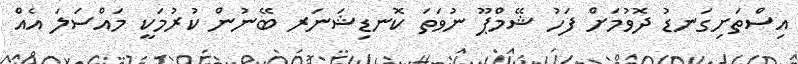
އިސްތަށިގަނޑު ދޮވުމަށް ފަހު ޝޭމްޕޫ ނުވަތަ ކޮނޑިޝަނަރ ބޭނުން ކުރުމަކީ މައްސަލަ އެއް